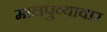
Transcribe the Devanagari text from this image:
मालपुव्यावार